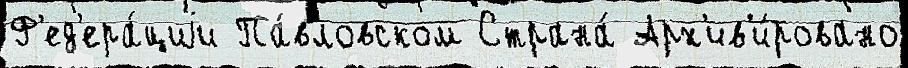
Ф'ед'ера́циjи Па́вловском Страна́ Арх'ив'и́ровано